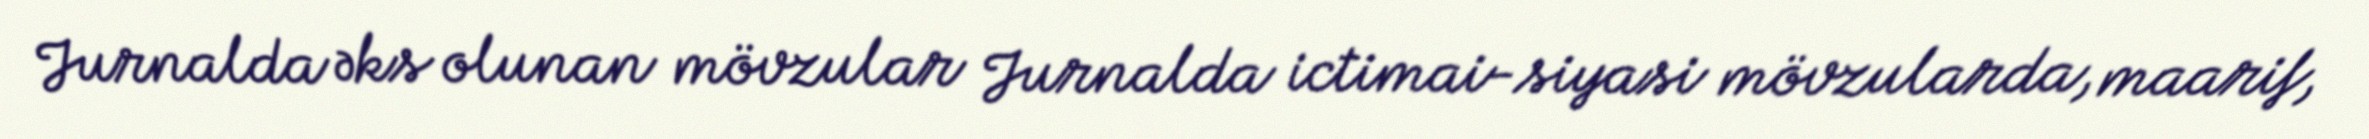
Jurnalda əks olunan mövzular Jurnalda ictimai-siyasi mövzularda, maarif,